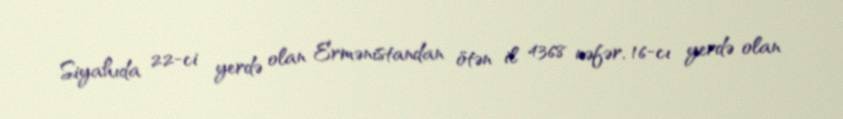
Siyahıda 22-ci yerdə olan Ermənistandan ötən il 4368 nəfər, 16-cı yerdə olan